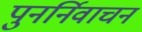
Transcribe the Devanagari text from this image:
पुनर्निवाचन